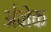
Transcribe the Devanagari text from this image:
अ॑नेक